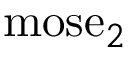
{ \mathrm { m o s e } } _ { 2 }